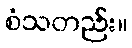
စံသတည်း။